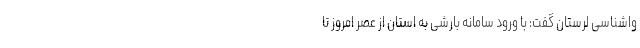
واشناسی لرستان گفت: با ورود سامانه بارشی به استان از عصر امروز تا